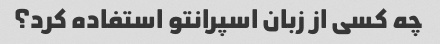
چه کسی از زبان اسپرانتو استفاده کرد؟